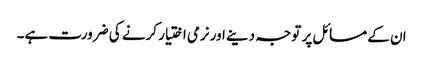
ان کے مسائل پر توجہ دینے اور نرمی اختیار کرنے کی ضرورت ہے۔